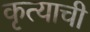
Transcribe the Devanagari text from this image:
कृत्याची